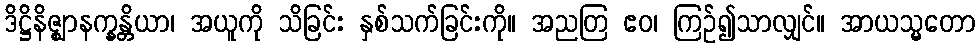
ဒိဋ္ဌိနိဇ္ဈာနက္ခန္တိယာ၊ အယူကို သိခြင်း နှစ်သက်ခြင်းကို။ အညတြ ဧဝ၊ ကြဉ်၍သာလျှင်။ အာယသ္မတော